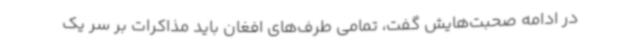
در ادامه صحبت‌هایش گفت، تمامی طرف‌های افغان باید مذاکرات بر سر یک